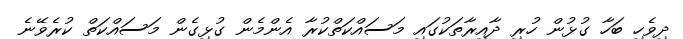
ދިވެހި ބަހާ ގުޅުން ހުރި ދާއިރާތަކުގައި މަސައްކަތްކުރާ އެންމެން ގުޅިގެން މަސައްކަތް ކުރެވޭނެ